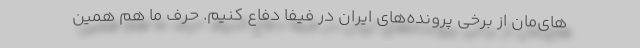
های‌مان از برخی پرونده‌های ایران در فیفا دفاع کنیم. حرف ما هم همین